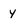
Character: y